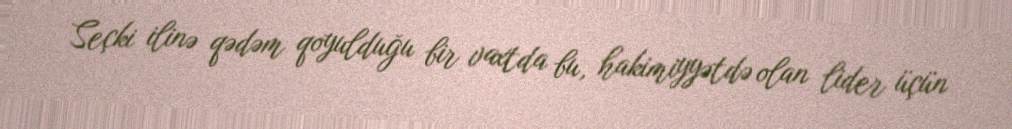
Seçki ilinə qədəm qoyulduğu bir vaxtda bu, hakimiyyətdə olan lider üçün